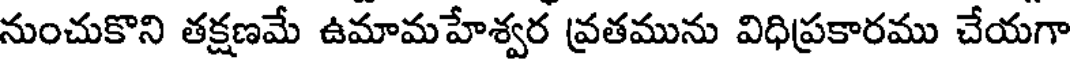
నుంచుకొని తక్షణమే ఉమామహేశ్వర వ్రతమును విధిప్రకారము చేయగా